Civil Veterinary Dept. Bombay admin report 1907-1913 - 1907-1913
Year: 1907
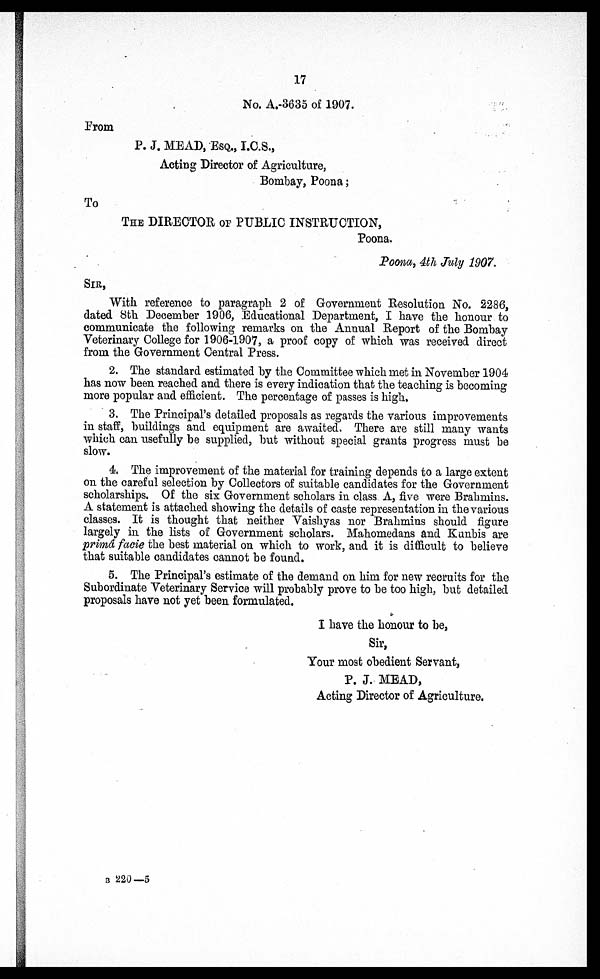
17
No. A.-3635 of 1907.
From
P. J. MEAD, ESQ., I.C.S.,
Acting Director of Agriculture,
Bombay, Poona;
To
THE DIRECTOR OF PUBLIC INSTRUCTION,
Poona.
Poona, 4th July 1907.
SIR,
With reference to paragraph 2 of Government Resolution No. 2286,
dated 8th December 1906, Educational Department, I have the honour to
communicate the following remarks on the Annual Report of the Bombay
Veterinary College for 1906-1907, a proof copy of which was received direct
from the Government Central Press.
2. The standard estimated by the Committee which met in November 1904
has now been reached and there is every indication that the teaching is becoming
more popular and efficient. The percentage of passes is high.
3. The Principal's detailed proposals as regards the various improvements
in staff, buildings and equipment are awaited, There are still many wants
which can usefully be supplied, but without special grants progress must be
slow.
4. The improvement of the material for training depends to a large extent
on the careful selection by Collectors of suitable candidates for the Government
scholarships. Of the six Government scholars in class A, five were Brahmins.
A statement is attached showing the details of caste representation in the various
classes. It is thought that neither Vaishyas nor Brahmins should figure
largely in the lists of Government scholars. Mahomedans and Kunbis are
primâ facie the best material on which to work, and it is difficult to believe
that suitable candidates cannot be found.
5. The Principal's estimate of the demand on him for new recruits for the
Subordinate Veterinary Service will probably prove to be too high, but detailed
proposals have not yet been formulated.
I have the honour to be,
Sir,
Your most ohedient Servant,
P. J. MEAD,
Acting Director of Agriculture.
B 220—5